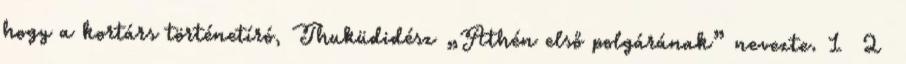
hogy a kortárs történetíró, Thuküdidész „Athén első polgárának” nevezte. 1 2